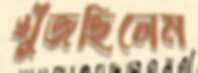
খুঁজছিলেম